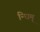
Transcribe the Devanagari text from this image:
न्धिम्